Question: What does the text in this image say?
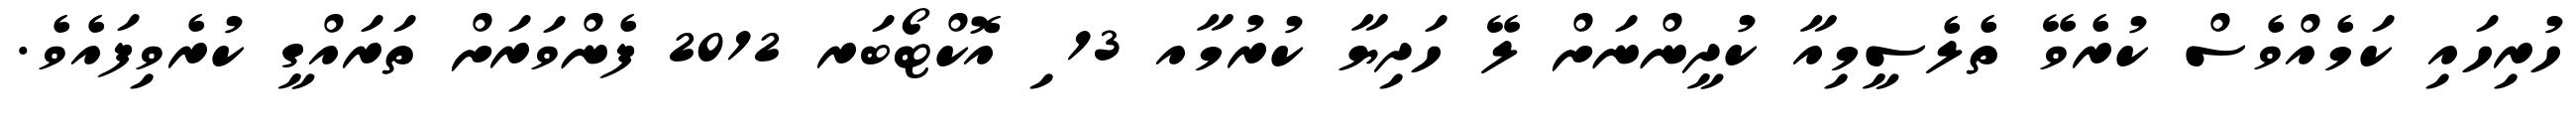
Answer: ހުރިހައި ކަމެއްވެސް ކުރެވޭ ތެލެސީމިއާ ކުދީންނަށް ލޭ ހަދިޔާ ކުރުމާއ 13 ި އޮކްޓޯބަރ 2012 ފެންވަރަށް ތަރައްގީ ކުރެވިފައެވެ.